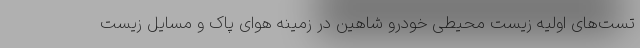
تست‌های اولیه زیست محیطی خودرو شاهین در زمینه هوای پاک و مسایل زیست